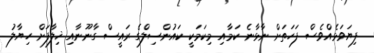
ފިޔަވަޅެއްވެސް ފަހަތަށް ނާޅާނެ ކަމާއި މިކަމަކީ ކައުންސިލްގެ ރައީސް ގާނޫނާއި ޚިލާފަށް ހިޔާލު